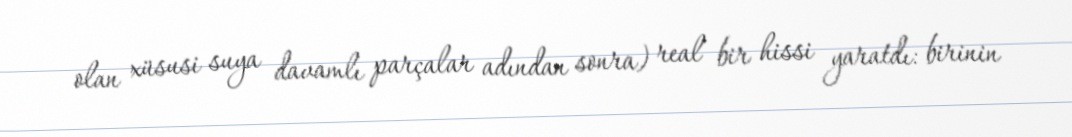
olan xüsusi suya davamlı parçalar adından sonra) real bir hissi yaratdı: birinin